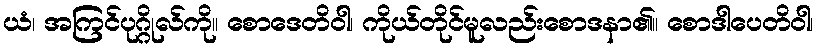
ယံ၊ အကြင်ပုဂ္ဂိုလ်ကို။ စောဒေတိဝါ၊ ကိုယ်တိုင်မူလည်းစောဒနာ၏။ စောဒါပေတိဝါ၊